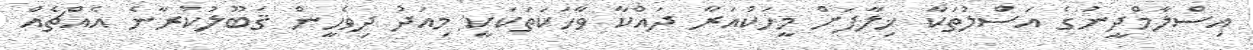
އިސްލާމްދީނުގެ އަސްލުތަކާ ޚިލާފަށް މީހަކުއަރާ ދައްކާ ވާހަކަތަކަކީ މިއަދު ދިވެހީން ޤަބޫލުކުރާނެ އެއްޗެއް